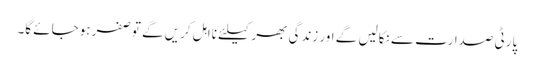
پارٹی صدارت سے نکالیں گے اور زندگی بھر کیلئے نااہل کریں گے توصفر ہوجائے گا۔